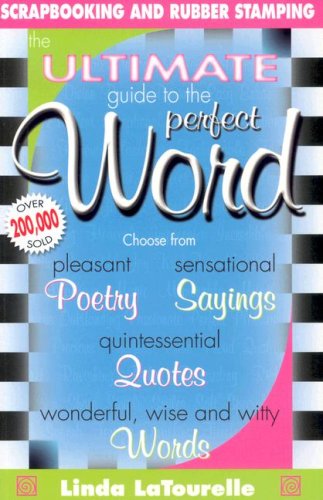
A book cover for Ultimate Guide To The Perfect Word; Linda Latourelle; Crafts, Hobbies & Home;